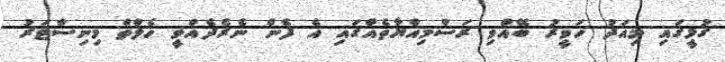
ގުޅީގައި މިއަދު ހަވީރު ބޭއްވި ރަސްމިއްޔާތެއްގައި އެ ފެން ނެރެދެއްވީ ހެލްތް މިނިސްޓަރު